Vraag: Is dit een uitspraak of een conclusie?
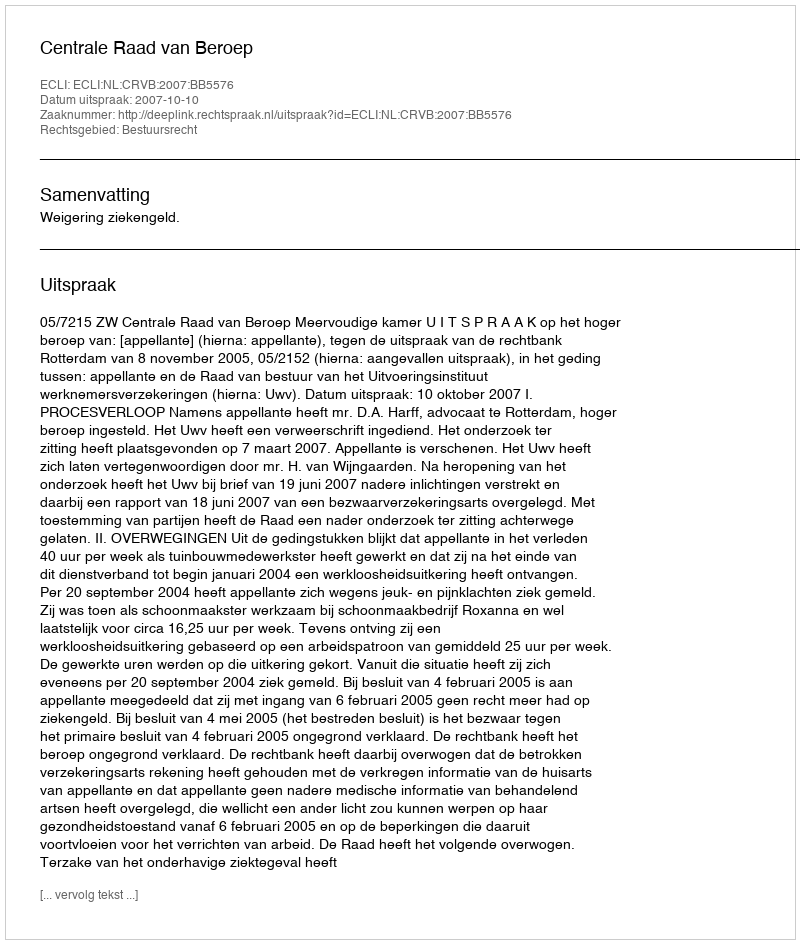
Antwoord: Uitspraak